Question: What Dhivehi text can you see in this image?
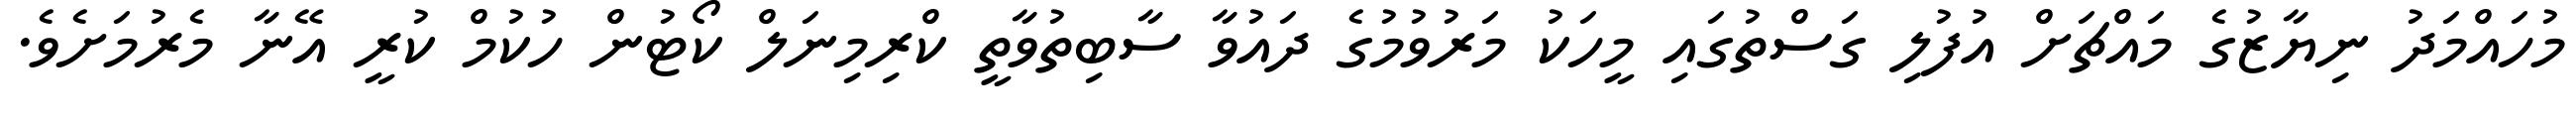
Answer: މުހައްމަދު ނިޔާޒުގެ މައްޗަށް އުފުލި ގަސްތުގައި މީހަކު މަރުވުމުގެ ދައުވާ ސާބިތުވާތީ ކްރިމިނަލް ކޯޓުން ހުކުމް ކުރީ އޭނާ މެރުމަށެވެ.